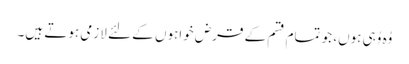
وُہ وُہی ہوں، جو تمام قسم کے قرض خواہوں کے لئے لازمی ہوتے ہیں۔